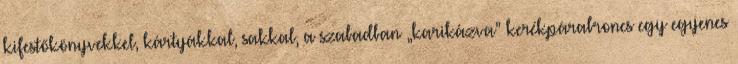
kifestőkönyvekkel, kártyákkal, sakkal, a szabadban „karikázva” kerékpárabroncs egy egyenes